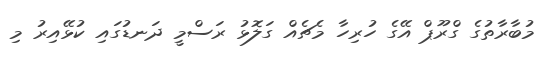
މުބާރާތުގެ ގްރޫޕް އޭގެ ހުރިހާ މެޗެއް ގަލޮޅު ރަސްމީ ދަނޑުގައި ކުޅޭއިރު މި